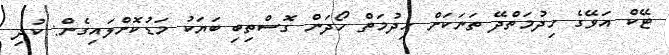
ޓޭކް އަވޭގެ ހިދުމަތްދޭ ތަނަކަށް ހިދުމަތް ހޯދަން ގޮސްތިބި ބަޔަކު މަޑުކޮށްލައިގެން: ކުދި